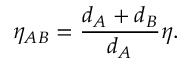
\eta _ { A B } = \frac { d _ { A } + d _ { B } } { d _ { A } } \eta .